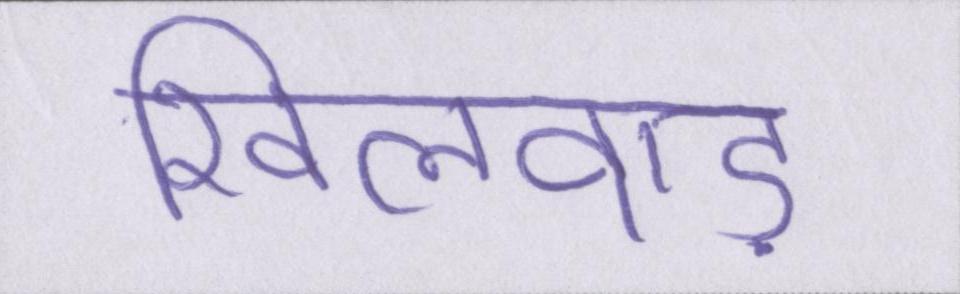
खिलवाड़